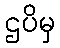
ဌပိမှ